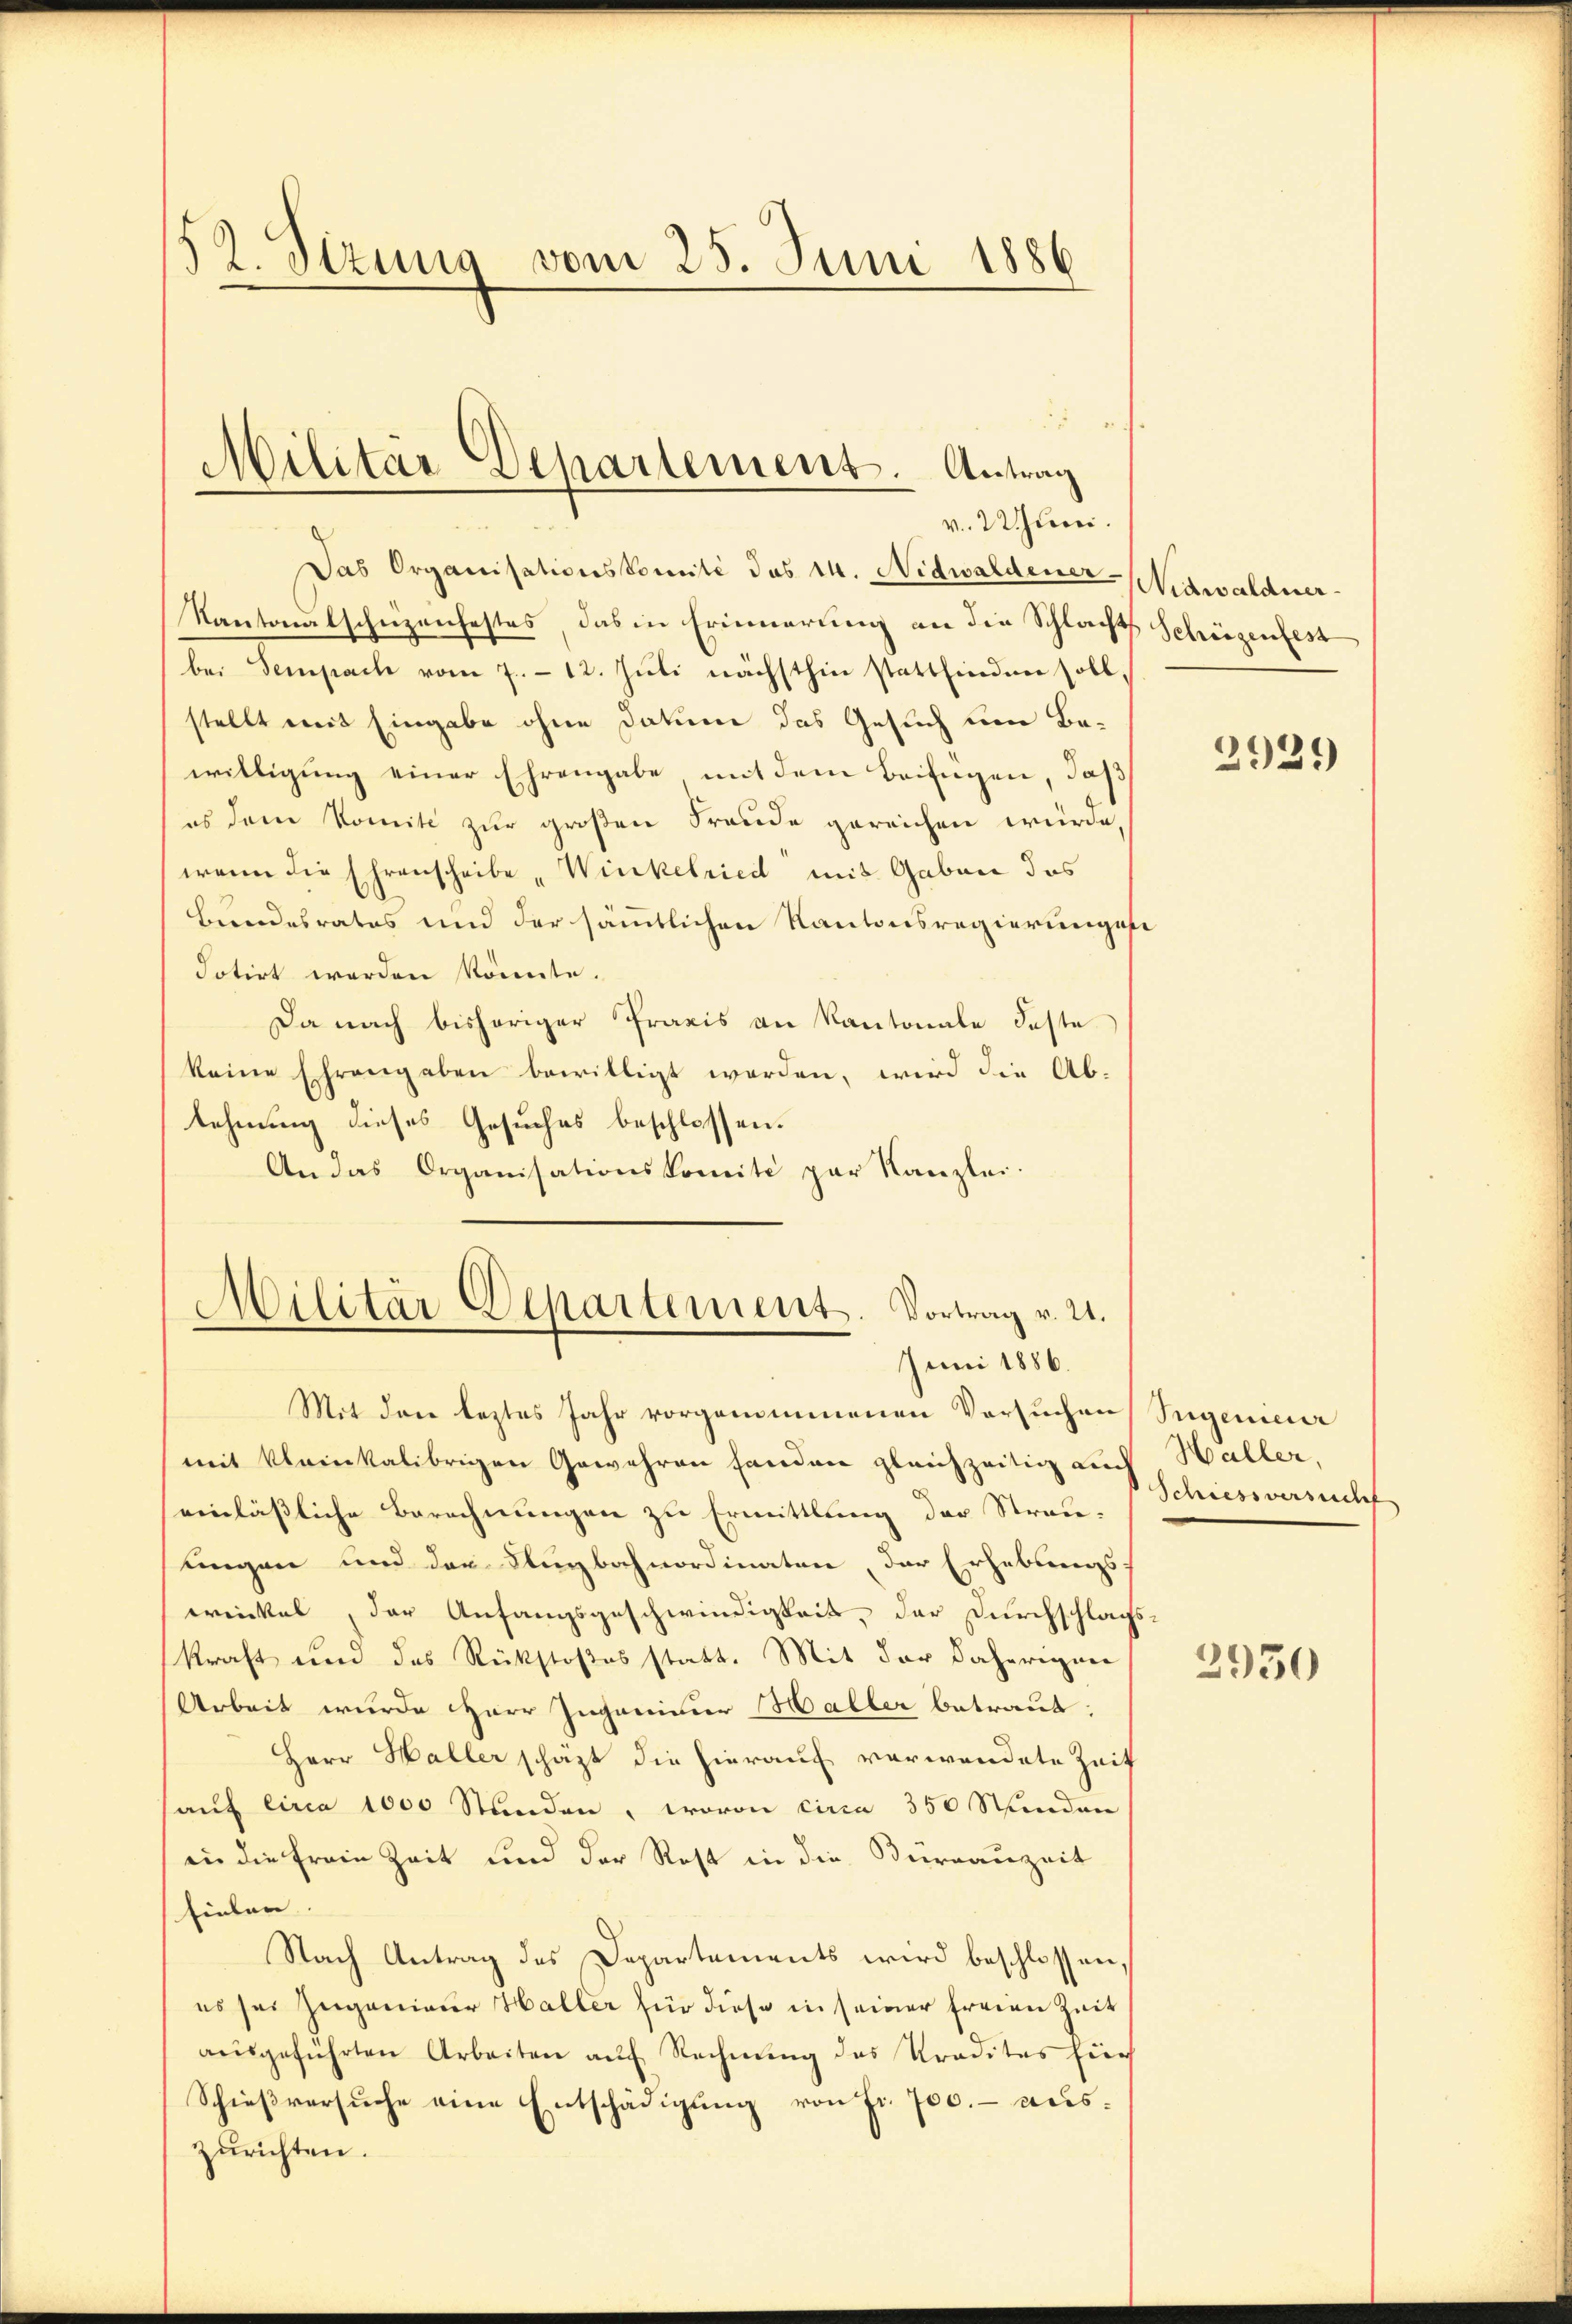
52. Sizung vom 25. Juni 1886

Militar Separtement. Antrag
v. 2. Juni.

Das Organisationskomité des 14. Nidwaldener-Nidwaldner
Kantonalschuzenfestes das in Erinnerung an die Schlachts Schüzenfest
bei Sempach vom 7. - 12. Juli nächsthin stattfinden sollstellt mit Eingabe ohne Datum das Gesuch um Bewilligung einer Ehrengabe mit dem Beifügen, daß
es dem Komité zur großen Freude gereichen würde,
wenn die Ehrenscheibe „Winkelried mit Gaben das
Bundesrates und der sämmtlichen Kantonsregierungsfe
dotirt werden könnte.
Da nach bisheriger Praxis an Kantonale Feste
keine Ehrengaben bewilligt worden, wird die Ab-
tehnung dieses Gesuches beschlossen.
An das Organisationskomité par Kanzlei.

Militär-Departement. Vortrag v. 21.
Juni 1886.

Mit den leztes Jahr vorgenommenen Versuchen Segenieur
mit kleinkalibrigen Gewehren handen gleichzeitig auch, Haller,
einlässliche Berechnungen zu Ermittlung der Straulingen und der Ungbahnordinaten, der Erhebungsereinkel, der Anfangsgeschwindigkeit, der Durchschlags
kraft und das Rückstoßes statt. Mit der daherigen
Arbeit wurde Herr Ingenieur Haller betraut.
Herr Haller schaft die hierauf verwendete Zeit
(auf circa 1000 Stunden, wovon circa 350 Stunden
in die freie Zeit und der Rost in die Kürrauzeit
fielen.
Nach Antrag des Departements wird beschlossen,
es sei Zugenieur Haller für diese in seiner freien Zeit
aŭsgeführten Arbeiten aŭf Rechnung des Traditas hier
Schießversuche eine Entschädigung von fr. 700.- auszurichten.

Schiessversuch

.
2921)

2930